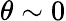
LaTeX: \theta\sim 0